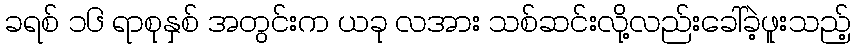
ခရစ် ၁၆ ရာစုနှစ် အတွင်းက ယခု လအား သစ်ဆင်းလို့လည်းခေါ်ခဲ့ဖူးသည့်